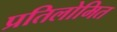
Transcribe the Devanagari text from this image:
प्रतिलोमित